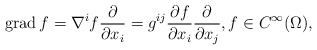
\begin{align*} \operatorname{grad} f = \nabla^i f \frac{\partial}{\partial x_i} = g^{ij} \frac{\partial f}{\partial x_i} \frac{\partial}{\partial x_j},f \in C^{\infty}(\Omega),\end{align*}